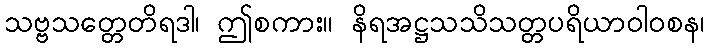
သဗ္ဗသတ္တေတိရဒါ၊ ဤစကား။ နိရအဋ္ဌသသိသတ္တပရိယာဝါဝစန၊